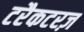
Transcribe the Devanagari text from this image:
टरैकटरज़